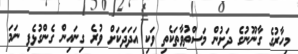
މިހާރުގެ ގާނޫނުގެ ދަށުން މަސްތުވާތަކެތި ވަކި އަދަދަކަށް ވުރެ ގިނައިން ގެންގުޅެފި ނަމަ